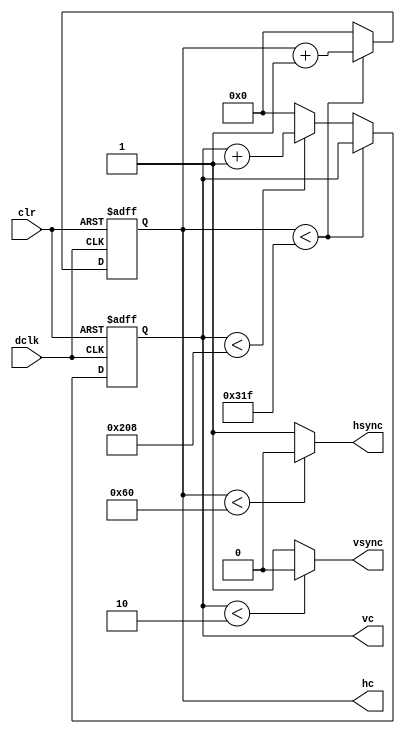
`timescale 1ns / 1ps

module vga_control(
	input wire dclk,			//pixel clock: 25MHz
	input wire clr,			//asynchronous reset
	output wire hsync,		//horizontal sync out
	output wire vsync,		//vertical sync out
	output reg [9:0] hc,
	output reg [9:0] vc

	);

// video structure constants
parameter hpixels = 800;// horizontal pixels per line
parameter vlines = 521; // vertical lines per frame
parameter hpulse = 96; 	// hsync pulse length
parameter vpulse = 2; 	// vsync pulse length


always @(posedge dclk or posedge clr)
begin
	// reset condition
	if (clr == 1)
	begin
		hc <= 0;
		vc <= 0;
	end
	else
	begin
		// keep counting until the end of the line
		if (hc < hpixels - 1)
			hc <= hc + 10'b1;
		else
		// When we hit the end of the line, reset the horizontal
		// counter and increment the vertical counter.
		// If vertical counter is at the end of the frame, then
		// reset that one too.
		begin
			hc <= 0;
			if (vc < vlines - 1)
				vc <= vc + 10'b1;
			else
				vc <= 0;
		end
		
	end
end


assign hsync = (hc < hpulse) ? 1'b0:1'b1;
assign vsync = (vc < vpulse) ? 1'b0:1'b1;
 /*
if (hc < hpulse) begin hsync = 1'b0; end else hsync = 1'b1;
if(vc < vpulse) begin vsync = 1'b0; end else vsync = 1'b1;
*/ 
endmodule